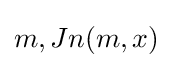
m,Jn(m,x)